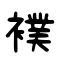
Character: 襆